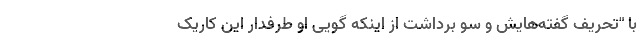
با "تحریف گفته‌هایش و سو برداشت از اینکه گویی او طرفدار این کاریک